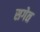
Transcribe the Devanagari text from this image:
सगेत